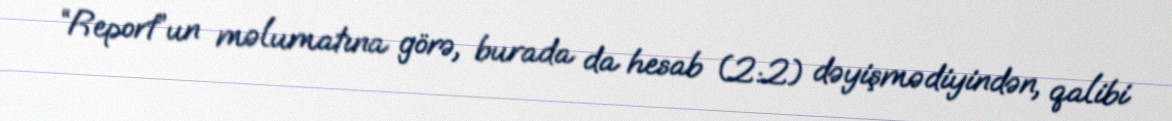
“Report”un məlumatına görə, burada da hesab (2:2) dəyişmədiyindən, qalibi